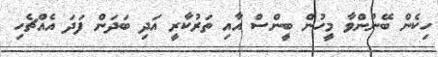
ހިކެން ބޭނުންވާ މީހުން ބީންސް އާއި ތަރުކާރީ އަދި ބަދަން ފަދަ އެއްޗެހި